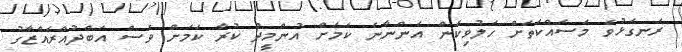
ރަނގަޅުވެ މަސައްކަތަށް ހަލުވިކަން އަންނާނެ ކަމަށް އުންމީދު ކުރާ ކަމަށް ވެސް އަބްދުއްރައްޒާގު